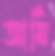
আর্মি